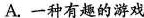
A.一种有趣的游戏